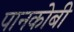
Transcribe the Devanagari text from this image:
पानकोबी